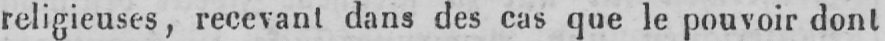
religieuses, recevant dans des cas que le pouvoir dont